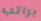
براتب